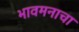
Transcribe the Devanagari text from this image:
भावमनाचा